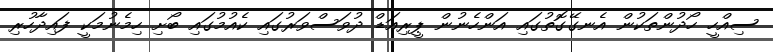
ސިއްހީ ހޯދުންތަކުން އެނގޭގޮތުގައި އަންހެނުން ޕީރިއަޑް ދުވަސްވަރުގައި ކެއުމުގައި ބޯށި ހިމެނުމަކީ ފައިދާހުރި